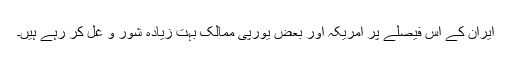
ایران کے اس فیصلے پر امریکہ اور بعض یورپی ممالک بہت زیادہ شور و غل کر رہے ہیں۔